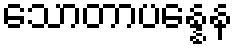
သောတာပန္နေန